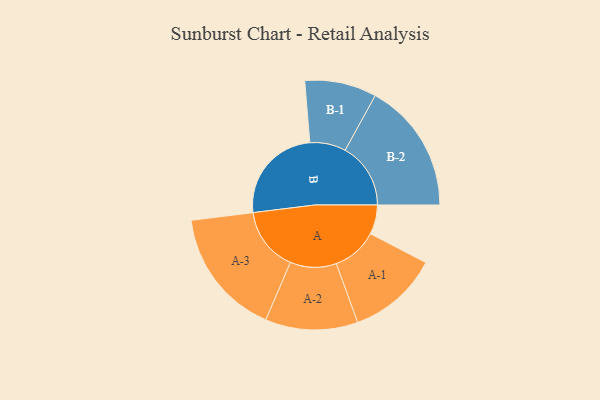
{"axis": {"x": "Segment", "y": "Value"}, "legend": ["", "A", "B"], "data": [{"x": "A", "y": 134, "type": ""}, {"x": "B", "y": 451, "type": ""}, {"x": "A-1", "y": 208, "type": "A"}, {"x": "A-2", "y": 211, "type": "A"}, {"x": "A-3", "y": 292, "type": "A"}, {"x": "B-1", "y": 164, "type": "B"}, {"x": "B-2", "y": 299, "type": "B"}]}